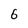
Character: 6